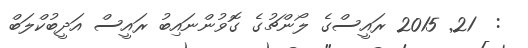
:  21